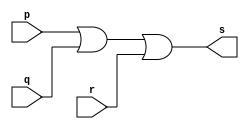
// ------------------------- 
// Exercicio10 - OR 
// Nome: Guilherme Moreira Nunes 
// ------------------------- 
// ------------------------- 
// -- or gate 1
// ------------------------- 
module orgate1 ( output s, input p, input q, input r ); 
assign s = p | q | r; 
endmodule // orgate 
// --------------------- 
// -- or gate 2
// --------------------- 
module orgate2 ( output x, input s ); 
assign x = s | s; 
endmodule // orgate

module testorgate; 
// ------------------------- dados locais 
reg a, b, c; // definir registradores 
wire s; // definir conexao (fio) 
// ------------------------- instancia 
orgate1 OR1 (s, a, b, c);
orgate2 OR2 (x, s);
// ------------------------- preparacao 
initial begin:start 
// atribuicao simultanea 
// dos valores iniciais 
a=0; b=0; c=0;
end 
// ------------------------- parte principal 
initial begin 
$display("Exercicio10 - Guilherme Moreira Nunes - 408947"); 
$display("Test OR gate"); 
$display("\na | b | c = s\n"); 
a=0; b=0; c=0;
$monitor("%b | %b | %b = %b", a, b, c, x); 
#1 a=0; b=0; c=1;
#1 a=0; b=1; c=0;
#1 a=0; b=1; c=1;
#1 a=1; b=0; c=0;
#1 a=1; b=0; c=1;
#1 a=1; b=1; c=0;
#1 a=1; b=1; c=1;
end 
endmodule // testorgate